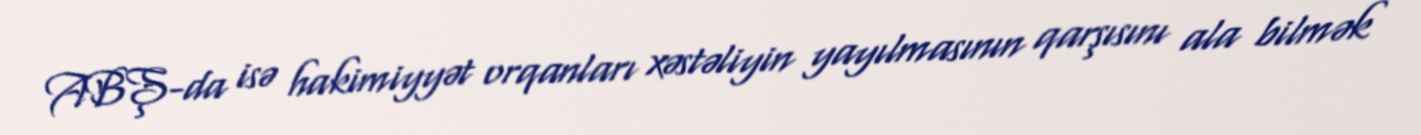
ABŞ-da isə hakimiyyət orqanları xəstəliyin yayılmasının qarşısını ala bilmək